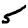
Digit: 5